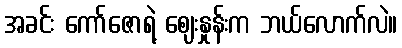
အခင်း ကော်ဇောရဲ့ ဈေးနှုန်းက ဘယ်လောက်လဲ။